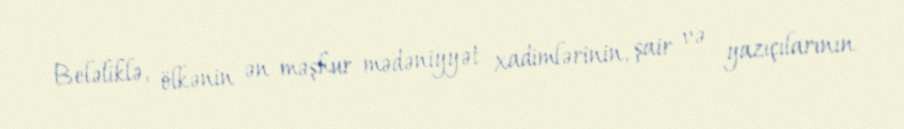
Beləliklə, ölkənin ən məşhur mədəniyyət xadimlərinin, şair və yazıçılarının